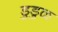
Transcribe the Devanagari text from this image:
डुडुळ